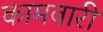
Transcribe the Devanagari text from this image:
कामवारी